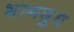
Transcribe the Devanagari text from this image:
भागदुध